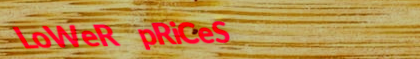
LoWeR pRiCeS